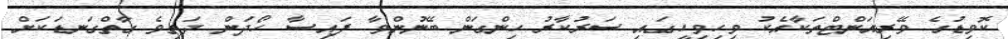
ކޮވިޑުގެ ވޭރިއަންޓްތަކާއެކު ވިހިވިހީގައި ސަރުކާރު ހިންގަން ބޭނުންވާ ފައިސާ ހޯދަން ދަތިވެ ގާތްގަނޑަކަށް